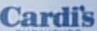
Cardi's